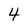
Character: 4